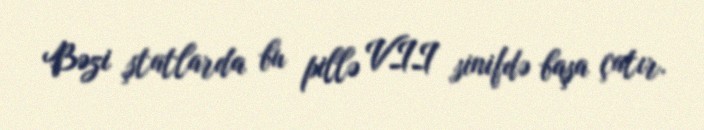
Bəzi ştatlarda bu pillə VII sinifdə başa çatır.